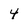
Character: 4